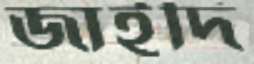
জাইদি